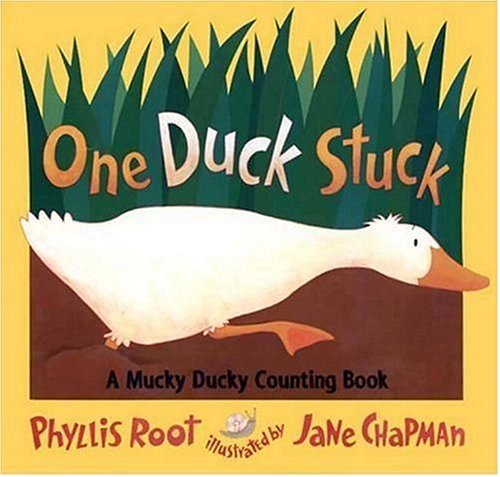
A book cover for One Duck Stuck: A Mucky Ducky Counting Book; Phyllis Root; Children's Books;